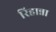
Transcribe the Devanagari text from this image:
रिहान्ना